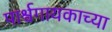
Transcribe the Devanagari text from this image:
पार्श्वगायकाच्या